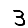
Digit: 3